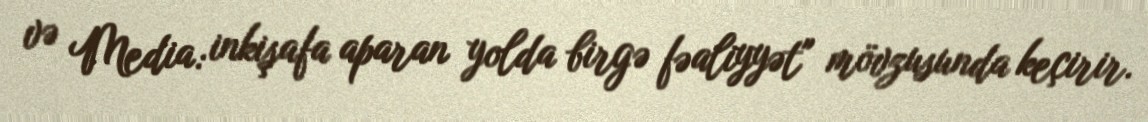
və Media: inkişafa aparan yolda birgə fəaliyyət" mövzusunda keçirir.